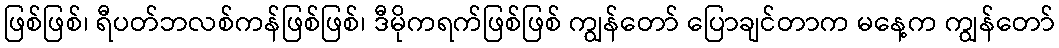
ဖြစ်ဖြစ်၊ ရီပတ်ဘလစ်ကန်ဖြစ်ဖြစ်၊ ဒီမိုကရက်ဖြစ်ဖြစ် ကျွန်တော် ပြောချင်တာက မနေ့က ကျွန်တော်